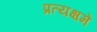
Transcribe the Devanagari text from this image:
प्रत्यक्षमें